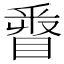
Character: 𨤓